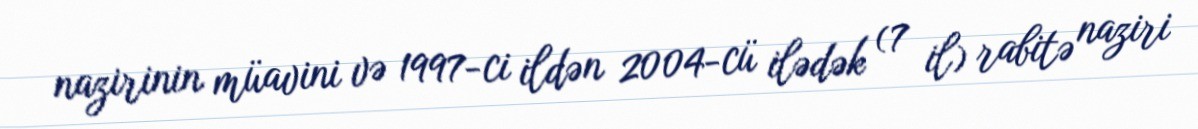
nazirinin müavini və 1997-ci ildən 2004-cü ilədək (7 il) rabitə naziri